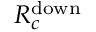
R _ { c } ^ { \mathrm { d o w n } }